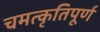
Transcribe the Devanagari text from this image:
चमत्कृतिपूर्ण